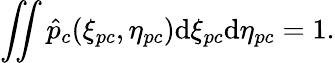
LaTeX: \iint\hat{p}_{c}(\xi_{pc},\eta_{pc})\mathrm{d}\xi_{pc}\mathrm{d}\eta_{pc}=1.